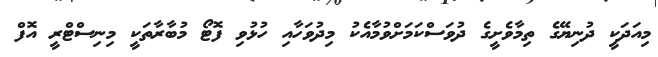
މިއަދަކީ ދުނިޔޭގެ ތިމާވެށީގެ ދުވަސްކަމަށްވުމާއެކު މިދުވަހާއި ހުޅުވި ފޮޓޯ މުބާރާތަކީ މިނިސްޓްރީ އޮފް